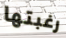
رغبتها